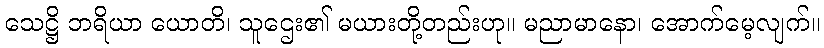
သေဋ္ဌိ ဘရိယာ ယောတိ၊ သူဌေး၏ မယားတို့တည်းဟု။ မညာမာနော၊ အောက်မေ့လျက်။